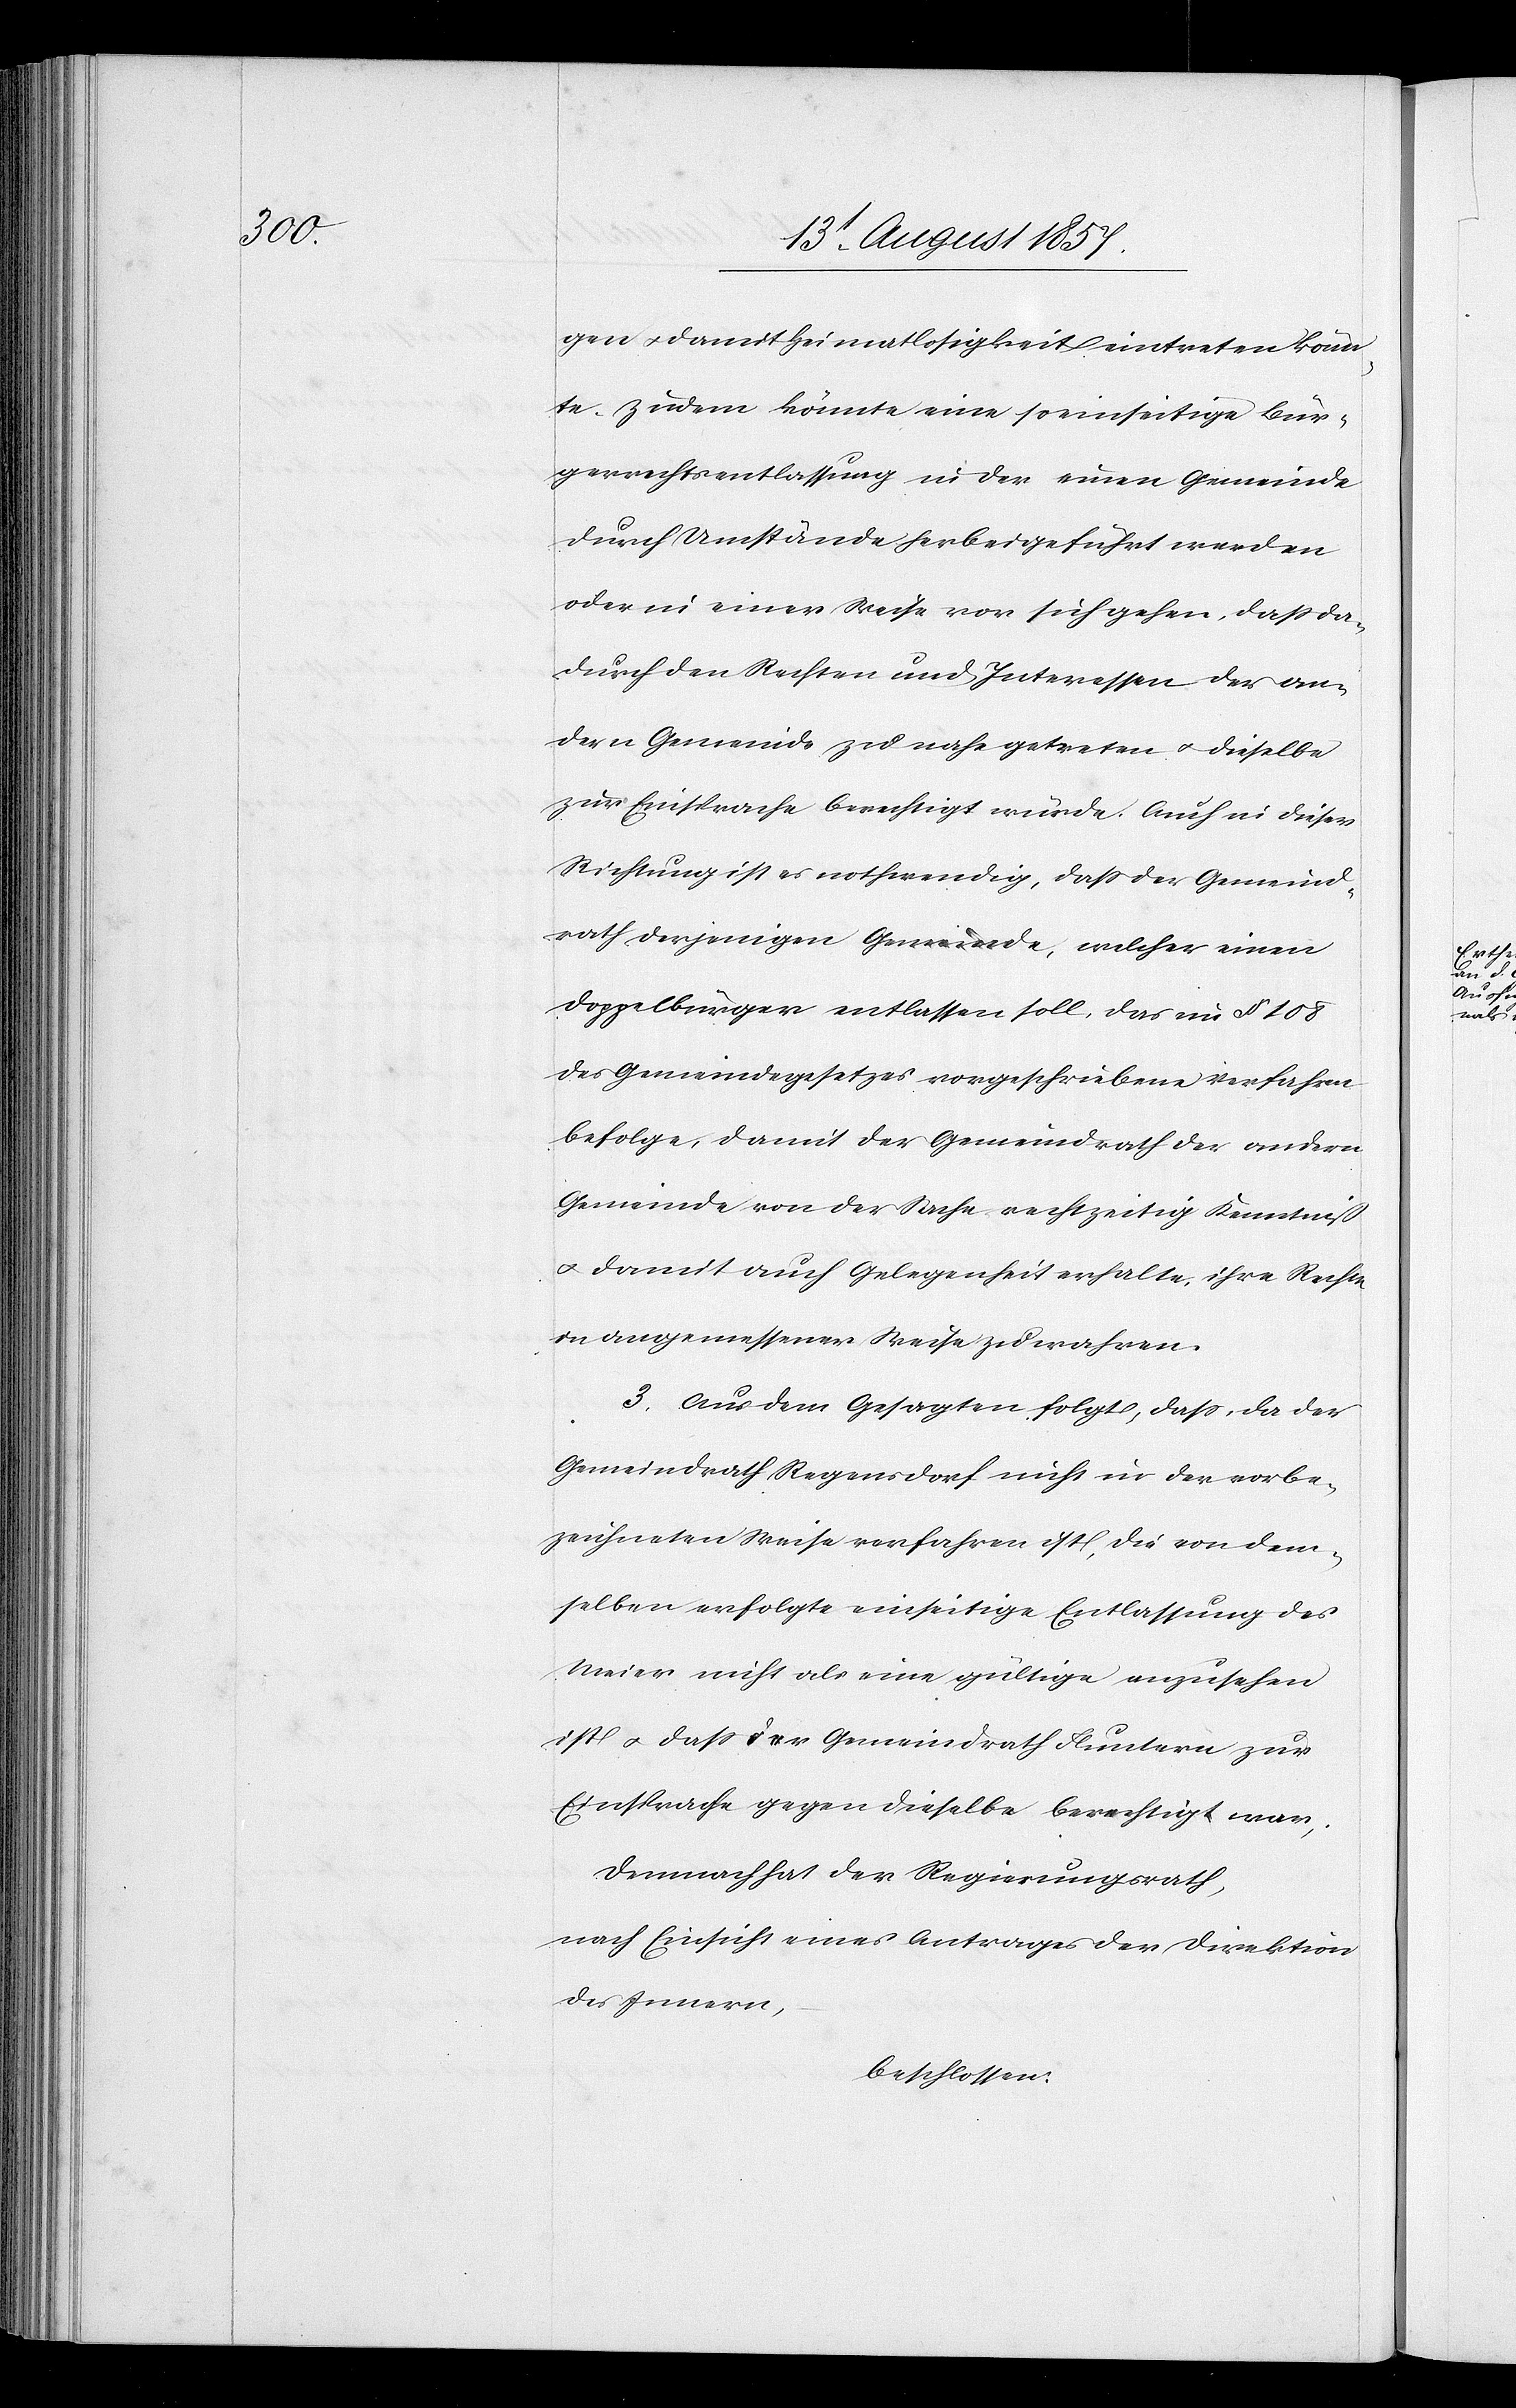
gen & damit Heimatlosigkeit eintreten könn¬
te. Zudem könnte eine so einseitige Bür¬
gerrechtsentlassung in der einen Gemeinde
durch Umstände herbeigeführt werden
oder in einer Weise vor sich gehen, daß da¬
durch den Rechten und Interessen der an¬
dern Gemeinde zu nahe getreten & dieselbe
zur Einsprache berechtigt würde. Auch in dieser
Richtung ist es nothwendig, daß der Gemeind¬
rath derjenigen Gemeinde, welcher [sic!] einen
Doppelbürger entlassen soll, das im § 108
des Gemeindegesetzes vorgeschriebene Verfahren
befolge, damit der Gemeindrath der andern
Gemeinde von der Sache rechtzeitig Kenntniß
& damit auch Gelegenheit erhalte, ihre Rechte
in angemessener Weise zu wahren.
3. Aus dem Gesagten folgt, daß, da der
Gemeindrath Regensdorf nicht in der vorbe¬
zeichneten Weise verfahren ist, die von dem¬
selben erfolgte einseitige Entlassung des
Meier nicht als eine gültige anzusehen
ist & daß der Gemeindrath Fluntern zur
Einsprache gegen dieselbe berechtigt war.
Demnach hat der Regierungsrath,
nach Einsicht eines Antrages der Direktion
des Innern,
beschlossen: